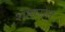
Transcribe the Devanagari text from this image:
शहारात